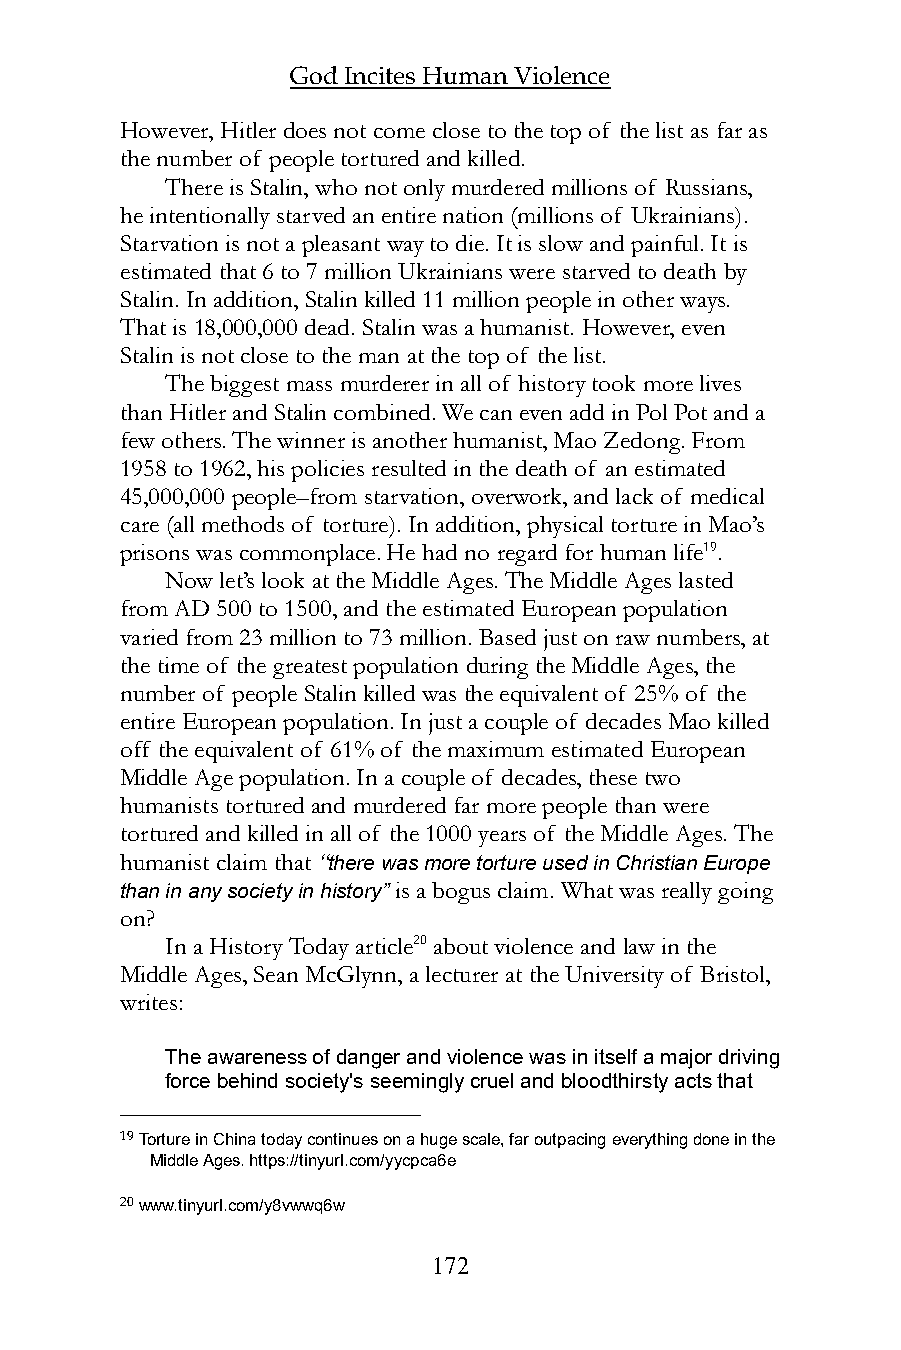
God Incites Human Violence
 However, Hitler does not come close to the top of the list as far as
 the number of people tortured and killed.
 There is Stalin, who not only murdered millions of Russians,
 he intentionally starved an entire nation (millions of Ukrainians).
 Starvation is not a pleasant way to die. It is slow and painful. It is
 estimated that 6 to 7 million Ukrainians were starved to death by
 Stalin. In addition, Stalin killed 11 million people in other ways.
 That is 18,000,000 dead. Stalin was a humanist. However, even
 Stalin is not close to the man at the top of the list.
 The biggest mass murderer in all of history took more lives
 than Hitler and Stalin combined. We can even add in Pol Pot and a
 few others. The winner is another humanist, Mao Zedong. From
 1958 to 1962, his policies resulted in the death of an estimated
 45,000,000 people–from starvation, overwork, and lack of medical
 care (all methods of torture). In addition, physical torture in Mao’s
 prisons was commonplace. He had no regard for human life19.
 Now let’s look at the Middle Ages. The Middle Ages lasted
 from AD 500 to 1500, and the estimated European population
 varied from 23 million to 73 million. Based just on raw numbers, at
 the time of the greatest population during the Middle Ages, the
 number of people Stalin killed was the equivalent of 25% of the
 entire European population. In just a couple of decades Mao killed
 off the equivalent of 61% of the maximum estimated European
 Middle Age population. In a couple of decades, these two
 humanists tortured and murdered far more people than were
 tortured and killed in all of the 1000 years of the Middle Ages. The
 humanist claim that “there was more torture used in Christian Europe
 than in any society in history” is a bogus claim. What was really going
 on?
 In a History Today article20 about violence and law in the
 Middle Ages, Sean McGlynn, a lecturer at the University of Bristol,
 writes:
 The awareness of danger and violence was in itself a major driving
 force behind society's seemingly cruel and bloodthirsty acts that
 19 Torture in China today continues on a huge scale, far outpacing everything done in the
 Middle Ages. https://tinyurl.com/yycpca6e
 20 www.tinyurl.com/y8vwwq6w
 172